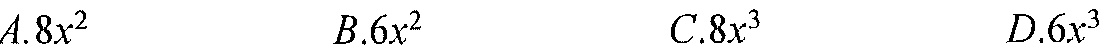
\(A.8x^{2}\) \(\qquad B.6x^{2}\) \(\qquad C.8x^{3}\) \(\qquad D.6x^{3}\)